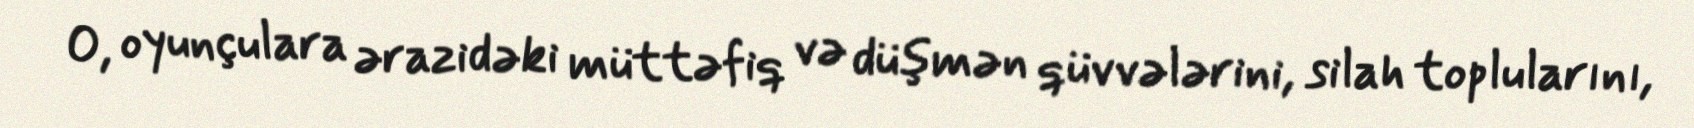
O, oyunçulara ərazidəki müttəfiq və düşmən qüvvələrini, silah toplularını,